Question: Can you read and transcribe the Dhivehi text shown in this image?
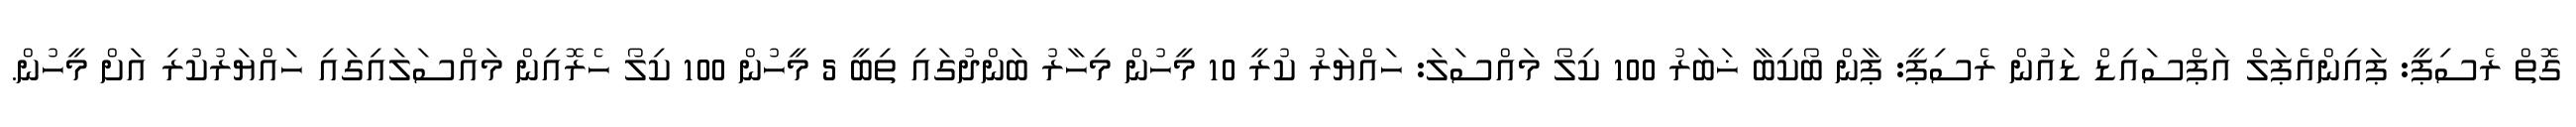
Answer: ގޮތް ރެސިޕީ: ޕައިންއެޕަލް އަޕްސައިޑް ޑައުން ރެސިޕީ: ޕާން ބޯކިބާ ޚަބަރު 100 ކިލޯ މައްސަލަ: ހައްޔަރު ކުރީ 10 މީހުން މިހާރު ބަންދުގައި ތިބީ 5 މީހުން 100 ކިލޯ ހެރޮއިން މައްސަލައިގައި ހައްޔަރުކުރި އަށް މީހުން.